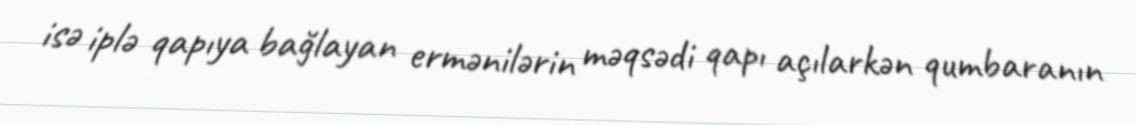
isə iplə qapıya bağlayan ermənilərin məqsədi qapı açılarkən qumbaranın